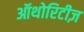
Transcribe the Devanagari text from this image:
ऑथोरिटीज़